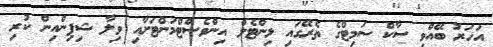
އަހަރު ބޭއްވި ސާކް ސަމިޓްގެ ތެރޭގައި ލިންޓެލް އިންވެސްޓްމަންޓަށާއި ވިލާ ޝިޕިންއިން ކުރި